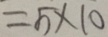
= 5 \times 1 0